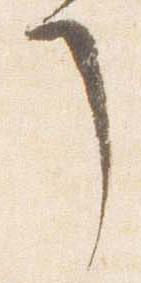
了